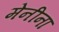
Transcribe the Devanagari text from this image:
मेनीना